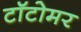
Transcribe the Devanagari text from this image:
टॉटोमर